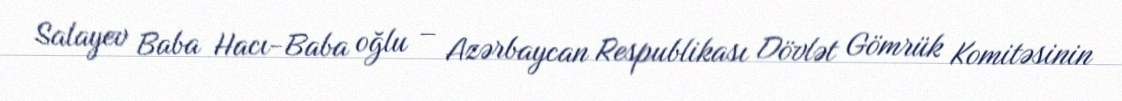
Salayev Baba Hacı-Baba oğlu – Azərbaycan Respublikası Dövlət Gömrük Komitəsinin